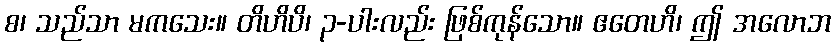
စ၊ သည်သာ မကသေး။ တိဟိပိ၊ ၃-ပါးလည်း ဖြစ်ကုန်သော။ ဧတေဟိ၊ ဤ အလောဘ